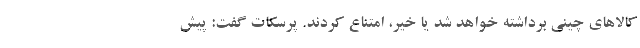
کالاهای چینی برداشته خواهد شد یا خیر، امتناع کردند. پرسکات گفت: پیش